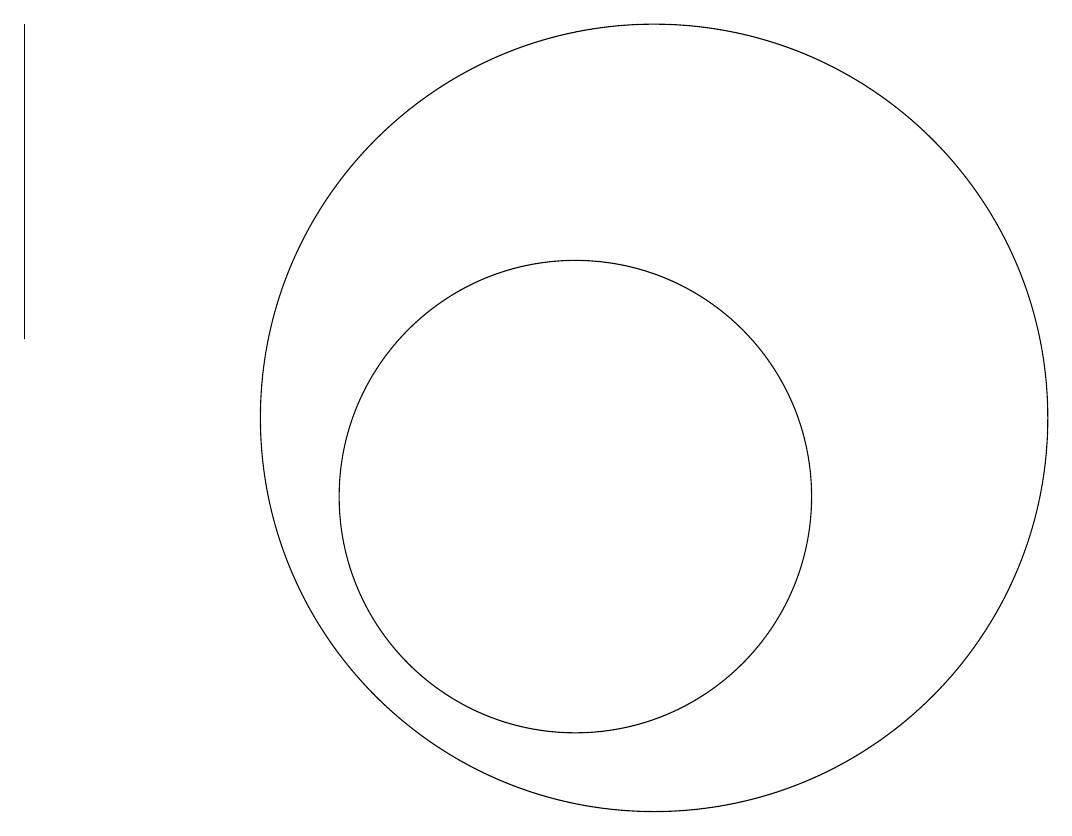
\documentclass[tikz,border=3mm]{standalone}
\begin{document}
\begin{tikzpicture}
\draw (11,10) circle (3);
\draw (4,12) rectangle (4,16);
\draw (12,11) circle (5);
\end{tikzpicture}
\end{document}